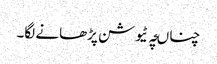
چناںچہ ٹیوشن پڑھانے لگا۔